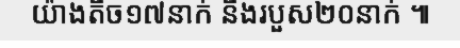
យ៉ាងតិច១៧នាក់ និងរបួស២០នាក់ ៕